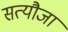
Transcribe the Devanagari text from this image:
सत्यौजा